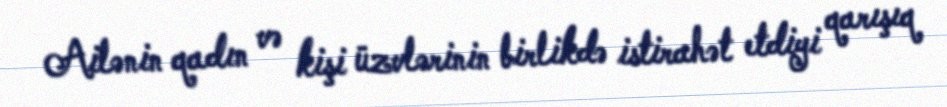
Ailənin qadın və kişi üzvlərinin birlikdə istirahət etdiyi qarışıq